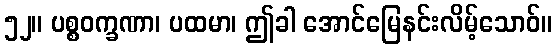
၅၂။ ပစ္စဝက္ခဏာ၊ ပထမာ၊ ဤခါ အောင်မြေနင်းလိမ့်သောဝ်။